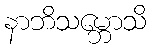
နာဘိသမ္ဘောသိ